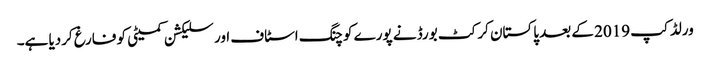
ورلڈ کپ 2019 کے بعد پاکستان کرکٹ بورڈ نے پورے کوچنگ اسٹاف اور سلیکشن کمیٹی کو فارغ کردیا ہے۔